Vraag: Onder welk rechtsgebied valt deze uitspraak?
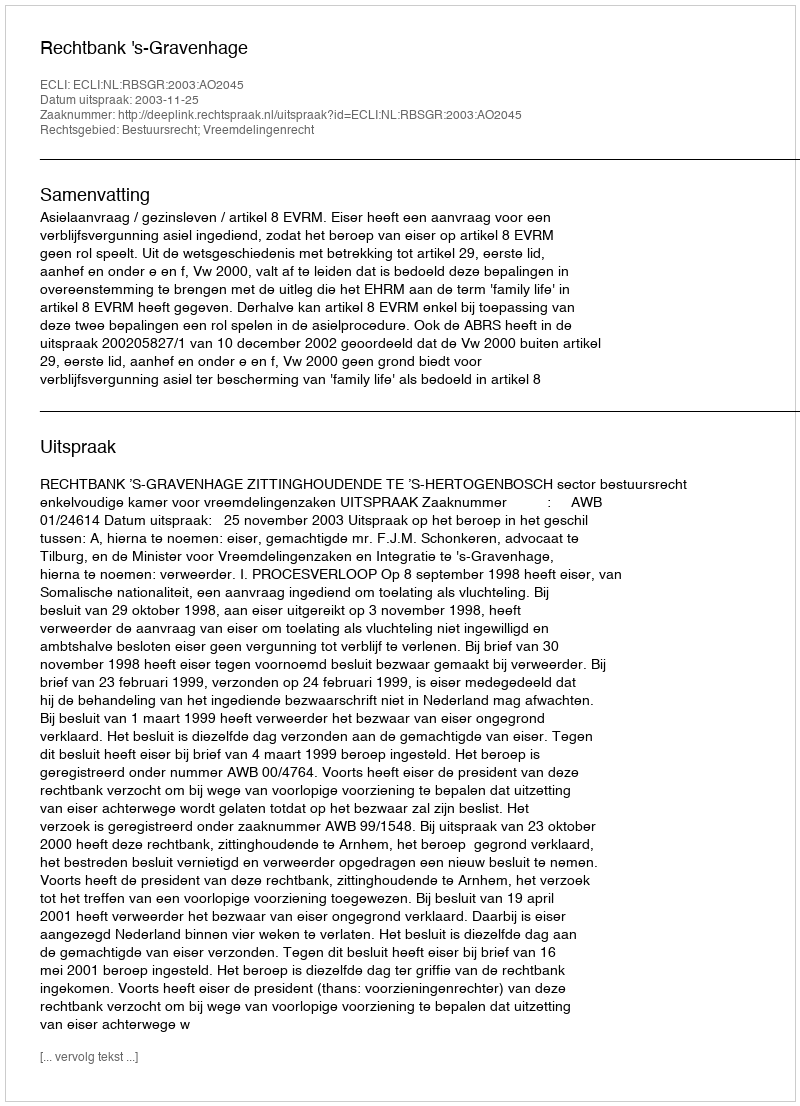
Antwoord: Bestuursrecht; Vreemdelingenrecht